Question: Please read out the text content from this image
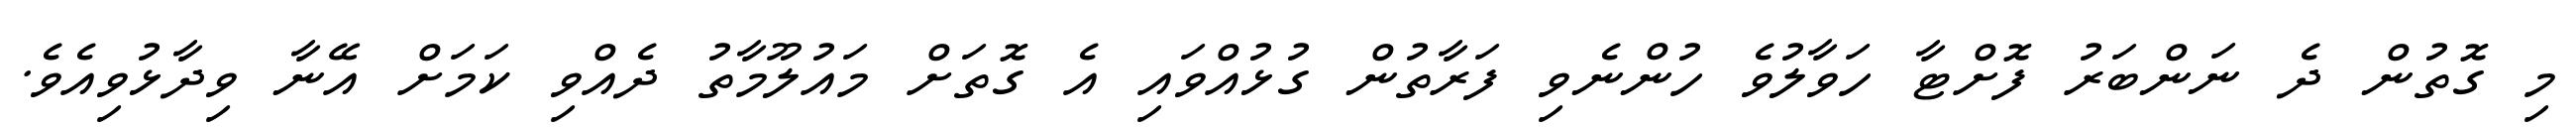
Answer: މި ގޮތުން ދެ ނަންބަރު ފޮށްޓާ ހަވާލުވެ ހުންނެވި ފަރާތުން ގުޅުއްވައި އެ ގޮތަށް މައުލޫމާތު ދެއްވި ކަމަށް އޭނާ ވިދާޅުވިއެވެ.